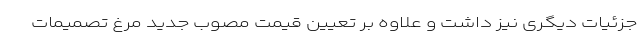
جزئیات دیگری نیز داشت و علاوه بر تعیین قیمت مصوب جدید مرغ تصمیمات